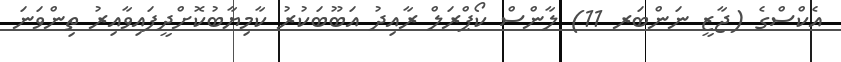
އެކްސްގެ (ޖާޒީ ނަންބަރ 11) ލާންސް ކޯޕްރަލް ރާއިދު އަބޫބަކުރު ކާމިޔާބުކޮށްދީފައިވާއިރު ތިންވަނަ